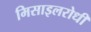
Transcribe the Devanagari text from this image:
मिसाइलरोधी